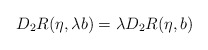
\begin{align*} D_2R(\eta,\lambda b) = \lambda D_2R(\eta,b) \end{align*}